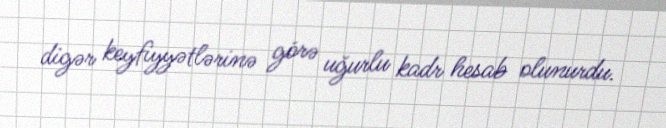
digər keyfiyyətlərinə görə uğurlu kadr hesab olunurdu.